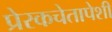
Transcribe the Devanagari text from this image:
प्रेरकचेतापेशी